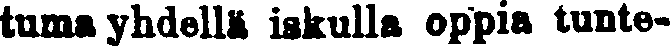
tuma yhdellä iskulla oppia tunte-